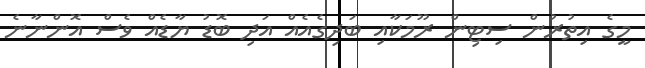
މީގެ އިތުރުން ސިޓިން ރޫމަކާއި ބަދިގެއެއް އަދި ބޮޑު ޔާޑެއް ވެސް އޮންނާނެ